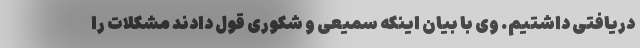
دریافتی داشتیم. وی با بیان اینکه سمیعی و شکوری قول دادند مشکلات را